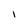
Character: l